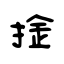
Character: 捦